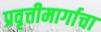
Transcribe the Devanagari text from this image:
प्रवृत्तीमार्गाचा